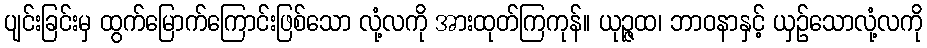
ပျင်းခြင်းမှ ထွက်မြောက်ကြောင်းဖြစ်သော လုံ့လကို အားထုတ်ကြကုန်။ ယုဉ္ဇထ၊ ဘာဝနာနှင့် ယှဉ်သောလုံ့လကို